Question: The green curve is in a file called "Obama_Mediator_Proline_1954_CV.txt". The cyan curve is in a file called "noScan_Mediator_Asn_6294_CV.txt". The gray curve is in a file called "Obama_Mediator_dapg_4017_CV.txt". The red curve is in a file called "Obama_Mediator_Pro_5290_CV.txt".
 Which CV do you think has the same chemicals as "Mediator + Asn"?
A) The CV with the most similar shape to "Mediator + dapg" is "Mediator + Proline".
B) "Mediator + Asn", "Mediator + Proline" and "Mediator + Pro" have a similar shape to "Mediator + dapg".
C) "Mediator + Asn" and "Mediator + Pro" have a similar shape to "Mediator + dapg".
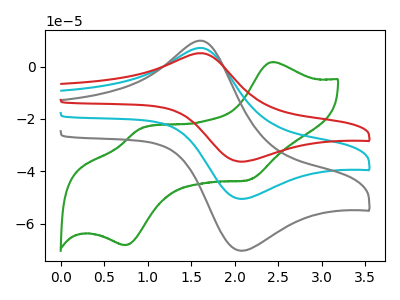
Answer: <think>The green curve "Mediator + Proline" has anodic peaks at (2.45V, 1.70uA) (0.90V, -23.80uA) and cathodic peaks at (2.15V, -43.30uA) (0.75V, -68.10uA). The cyan curve "Mediator + Asn" has an anodic peak at (1.60V, 7.05uA) and a cathodic peak at (2.05V, -50.50uA). The gray curve "Mediator + dapg" has an anodic peak at (1.60V, 9.80uA) and a cathodic peak at (2.05V, -70.25uA). The red curve "Mediator + Pro" has an anodic peak at (1.60V, 14.10uA) and a cathodic peak at (2.05V, -101.00uA).
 "Mediator + Proline" and "Mediator + Asn" have a different number of peaks. "Mediator + Proline" and "Mediator + dapg" have a different number of peaks. "Mediator + Proline" and "Mediator + Pro" have a different number of peaks. All the peaks in "Mediator + Asn" have a peak in "Mediator + dapg" at the same potential. Every peak in "Mediator + Asn" is lower than every peak in "Mediator + dapg". All the peaks in "Mediator + Asn" have a peak in "Mediator + Pro" at the same potential. Every peak in "Mediator + Asn" is lower than every peak in "Mediator + Pro". All the peaks in "Mediator + dapg" have a peak in "Mediator + Pro" at the same potential. Every peak in "Mediator + dapg" is lower than every peak in "Mediator + Pro".</think>
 <answer>C) "Mediator + Asn" and "Mediator + Pro" have a similar shape to "Mediator + dapg".</answer>
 <eval>C</eval>